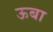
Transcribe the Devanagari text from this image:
ऊबा